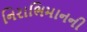
નિરાભિમાનની